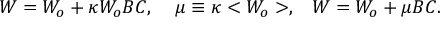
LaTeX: W = W _ { o } + \kappa W _ { o } B C , \; \; \; \; \mu \equiv \kappa < W _ { o } > , \; \; \; W = W _ { o } + \mu B C .